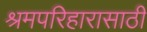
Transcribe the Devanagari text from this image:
श्रमपरिहारासाठी